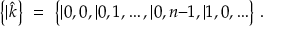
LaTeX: \bigl \{ | \hat { k } \bigr \} \ = \ \bigl \{ | 0 , 0 , | 0 , 1 , \ldots , | 0 , n { - } 1 , | 1 , 0 , \ldots \bigr \} \ .